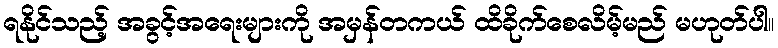
ရနိုင်သည့် အခွင့်အရေးများကို အမှန်တကယ် ထိခိုက်စေလိမ့်မည် မဟုတ်ပါ။